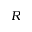
R